Education (Scotland) Act, 1942
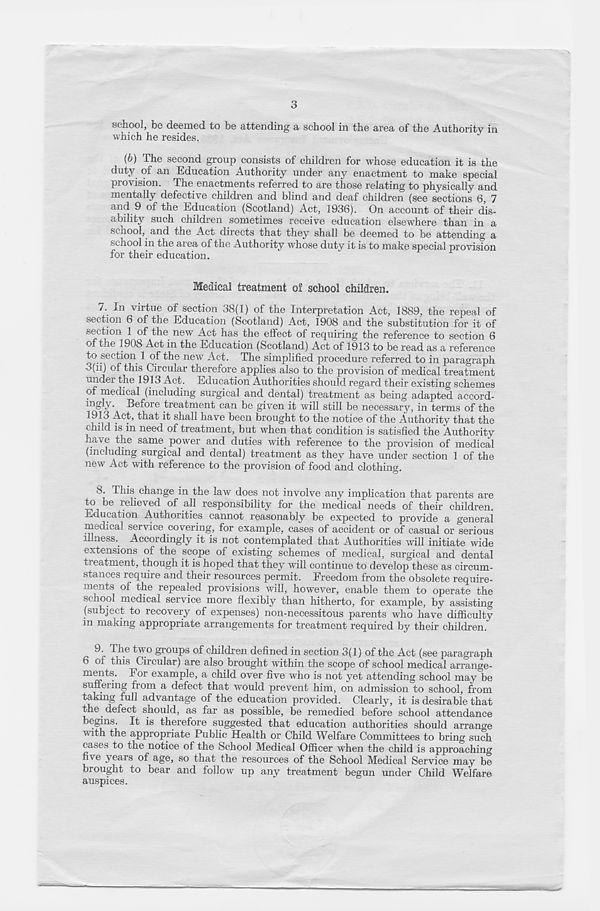
3
school, be deemed to be attending a school in the area of the Authority in
which he resides.
(6) The second group consists of children for whose education it is the
duty of an Education Authority under any enactment to make special
pro\ision. The enactments referred to are those relating to physically and
mentally defective children and blind and deaf children (see sections 6, 7
and 9 of the Education (Scotland) Act, 193b). On account of their dis-
ability such children sometimes receive education elsewhere than in a
scnool, and the Act directs that they shall be deemed to be attending a
school in the area of the Authority whose duty it is to make special provision
for their education.
Medical treatment of school children.
7. In virtue of section 38(1) of the Interpretation Act, 1889, the repeal of
section 6 of the Education (Scotland) Act, 1908 and the substitution for it of
section 1 of the new Act has the effect of requiring the reference to section 6
of the 1908 Act in the Education (Scotland) Act of 1913 to be read as a reference
to section 1 of the new Act. The simplified procedure referred to in paragraph
3(ii) of this Circular therefore applies also to the provision of medical treatment
under the 1913 Act. Education Authorities should regard their existing schemes
of medical (including surgical and dental) treatment as being adapted accord-
ingly. Before treatment can be given it will still be necessary, in terms of the
^ s^ia^ h ave been brought to the notice of the Authority that the
chnd is in need of treatment, but when that condition is satisfied the Authority
have the same power and duties with reference to the provision of medical
(including surgical and dental) treatment as they have under section 1 of the
new Act with reference to the provision of food and clothing.
8. This change in the law does not involve any implication that parents are
to be relieved of all responsibility for the medical needs of their children.
Education Authorities cannot reasonably be expected to provide a general
medical service covering, for example, cases of accident or of casual or serious
illness. Accordingly it is not contemplated that Authorities will initiate wide
extensions of the scope of existing schemes of medical, surgical and dental
treatment, though it is hoped that they will continue to develop these as circum-
stances require and their resources permit. Freedom from the obsolete require-
ments of the repealed provisions will, however, enable them to operate the
school medical service more flexibly than hitherto, for example, by assisting
(subject to recovery of expenses) non-necessitous parents who have difficulty
m making appropriate arrangements for treatment required by their children.
The two groups of children defined in section 3(1) of the Act (see paragraph
6 of tnis Circular) are also brought within the scope of school medical arrange-
ments. For example, a child over five who is not yet attending school may be
suffering from a defect that would prevent him, on admission to school, from
taking full advantage of the education provided. Clearly, it is desirable that
the defect should, as far as possible, be remedied before school attendance
begins It is therefore suggested that education authorities should arrange
with the appropriate Public Health or Child Welfare Committees to bring such
cases to the notice of the School Medical Officer when the child is approaching
five years of age, so that the resources of the School Medical Service may be
brought to bear and follow up any treatment begun under Child Welfare
auspices.